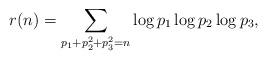
LaTeX: \begin{align*} r(n) = \sum_{p_{1} + p_{2}^2 + p_{3}^{2} = n} \log p_{1} \log p_{2} \log p_{3},\end{align*}